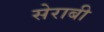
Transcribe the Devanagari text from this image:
सेराबी